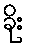
ခိုး